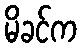
မိခင်က